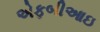
એફબીઆઇ